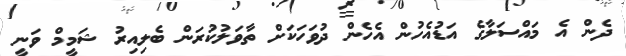
ދެން އެ މައްސަލާގެ އަޑުއެހުން އެހެން ދުވަހަކަށް ތާވަލުކުރަން ބެލިއިރު ޝަމީމް ވަނީ